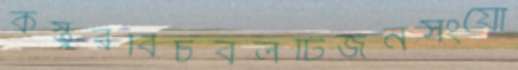
কস্তুরবিচবলটিজনসংযো